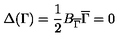
\Delta ( \Gamma ) = { \frac { 1 } { 2 } } B _ { \overline { \Gamma } } \overline { \Gamma } = 0